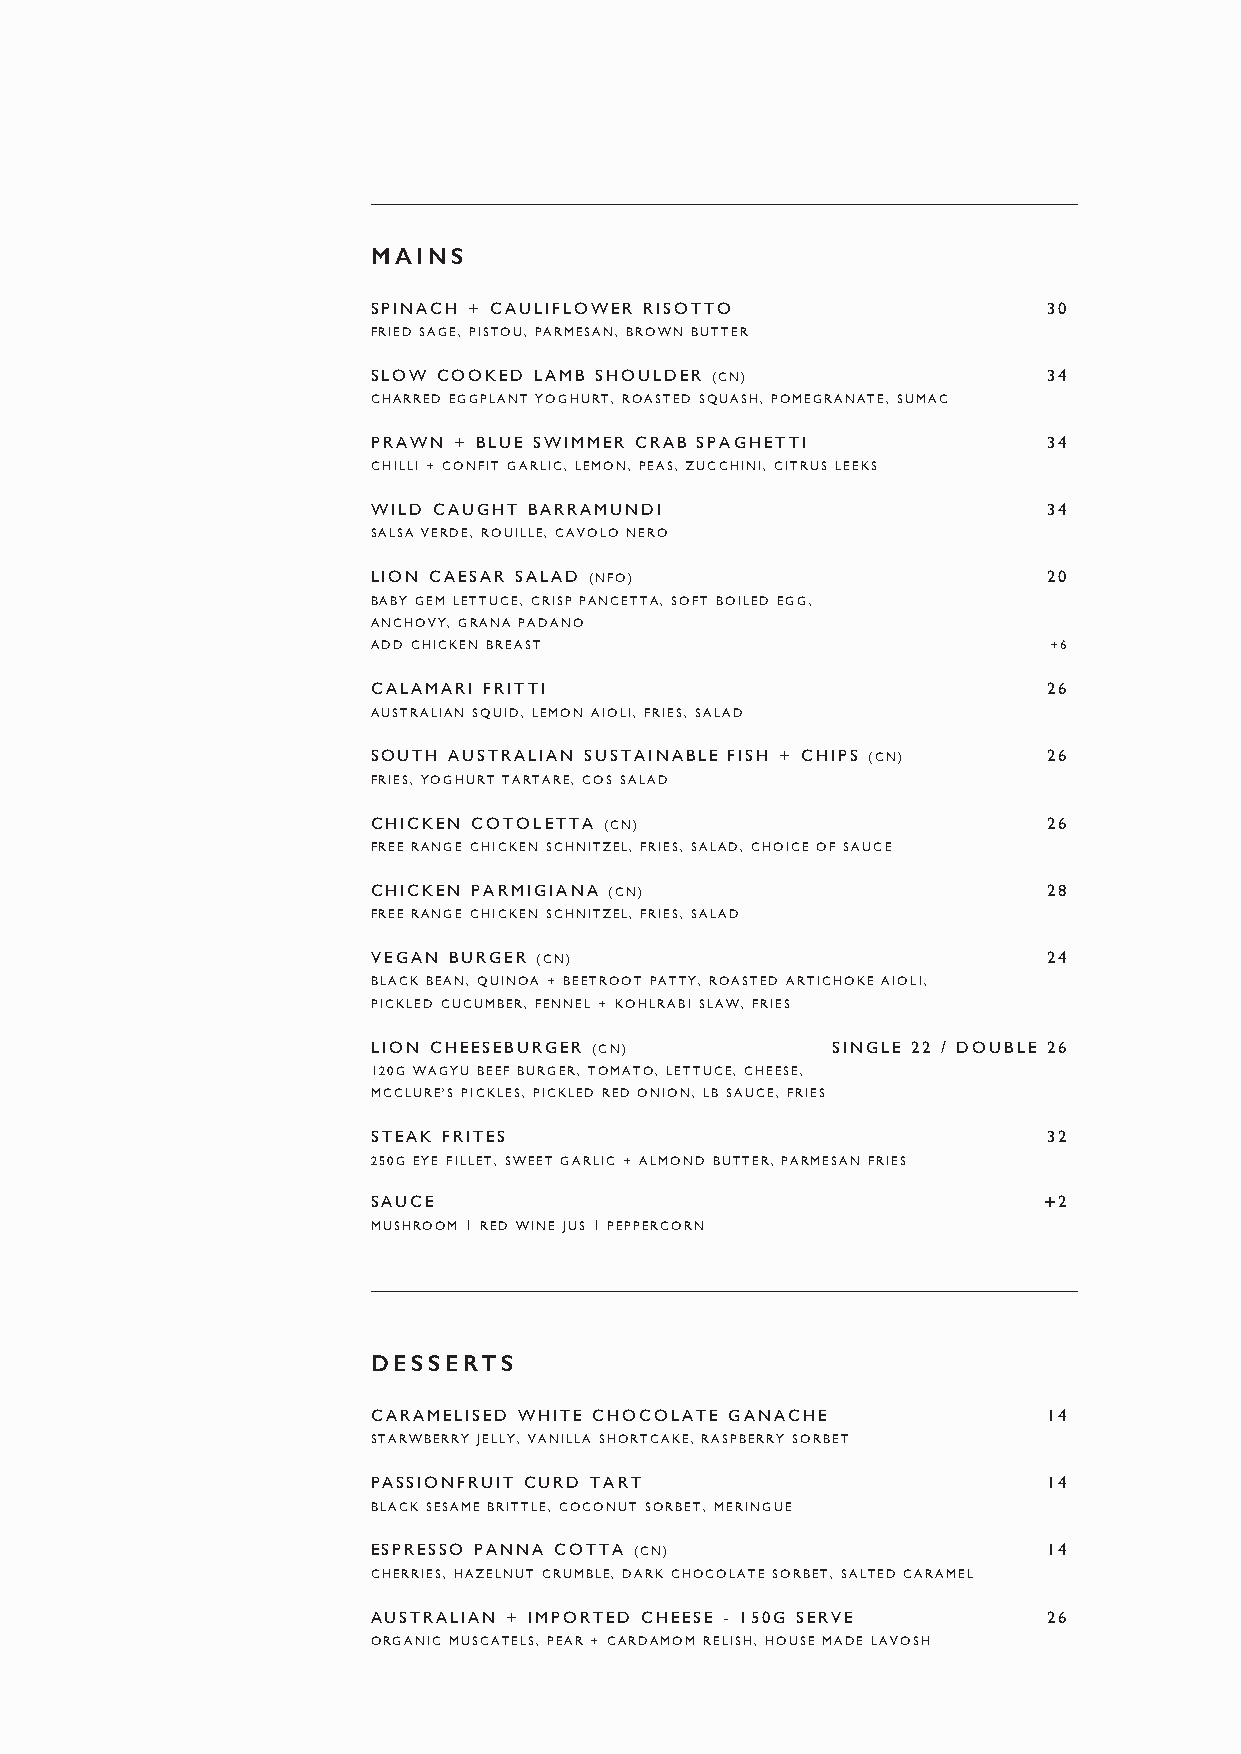
MAINS
 SPINACH + CAULIFLOWER RISOTTO               30
 FRIED SAGE, PISTOU, PARMESAN, BROWN BUTTER
 SLOW COOKED LAMB SHOULDER (CN)              34
 CHARRED EGGPLANT YOGHURT, ROASTED SQUASH, POMEGRANATE, SUMAC
 PRAWN + BLUE SWIMMER CRAB SPAGHETTI         34
 CHILLI + CONFIT GARLIC, LEMON, PEAS, ZUCCHINI, CITRUS LEEKS
 WILD CAUGHT BARRAMUNDI                      34
 SALSA VERDE, ROUILLE, CAVOLO NERO
 LION CAESAR SALAD (NFO)                     20
 BABY GEM LETTUCE, CRISP PANCETTA, SOFT BOILED EGG,
 ANCHOVY, GRANA PADANO
 ADD CHICKEN BREAST                          +6
 CALAMARI FRITTI                             26
 AUSTRALIAN SQUID, LEMON AIOLI, FRIES, SALAD
 SOUTH AUSTRALIAN SUSTAINABLE FISH + CHIPS (CN) 26
 FRIES, YOGHURT TARTARE, COS SALAD
 CHICKEN COTOLETTA (CN)                      26
 FREE RANGE CHICKEN SCHNITZEL, FRIES, SALAD, CHOICE OF SAUCE
 CHICKEN PARMIGIANA (CN)                     28
 FREE RANGE CHICKEN SCHNITZEL, FRIES, SALAD
 VEGAN BURGER (CN)                           24
 BLACK BEAN, QUINOA + BEETROOT PATTY, ROASTED ARTICHOKE AIOLI,
 PICKLED CUCUMBER, FENNEL + KOHLRABI SLAW, FRIES
 LION CHEESEBURGER (CN)        SINGLE 22 / DOUBLE 26
 120G WAGYU BEEF BURGER, TOMATO, LETTUCE, CHEESE,
 MCCLURE’S PICKLES, PICKLED RED ONION, LB SAUCE, FRIES
 STEAK FRITES                                32
 250G EYE FILLET, SWEET GARLIC + ALMOND BUTTER, PARMESAN FRIES
 SAUCE                                       ++2
 MUSHROOM | RED WINE JUS | PEPPERCORN
 DESSERTS
 CARAMELISED WHITE CHOCOLATE GANACHE         14
 STARWBERRY JELLY, VANILLA SHORTCAKE, RASPBERRY SORBET
 PASSIONFRUIT CURD TART                      14
 BLACK SESAME BRITTLE, COCONUT SORBET, MERINGUE
 ESPRESSO PANNA COTTA (CN)                   14
 CHERRIES, HAZELNUT CRUMBLE, DARK CHOCOLATE SORBET, SALTED CARAMEL
 AUSTRALIAN + IMPORTED CHEESE - 150G SERVE   26
 ORGANIC MUSCATELS, PEAR + CARDAMOM RELISH, HOUSE MADE LAVOSH